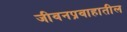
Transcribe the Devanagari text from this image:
जीवनप्रवाहातील